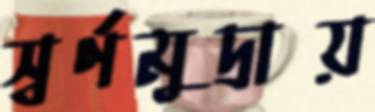
স্বর্ণমুদ্রায়